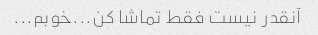
آنقدر نیست فقط تماشا کن...خوبم...